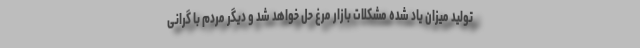
تولید میزان یاد شده مشکلات بازار مرغ حل خواهد شد و دیگر مردم با گرانی